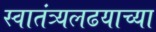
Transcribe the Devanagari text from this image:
स्वातंत्र्यलढयाच्या